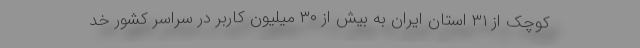
کوچک از ۳۱ استان ایران به بیش از ۳۰ میلیون کاربر در سراسر کشور خد